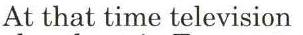
At that time television